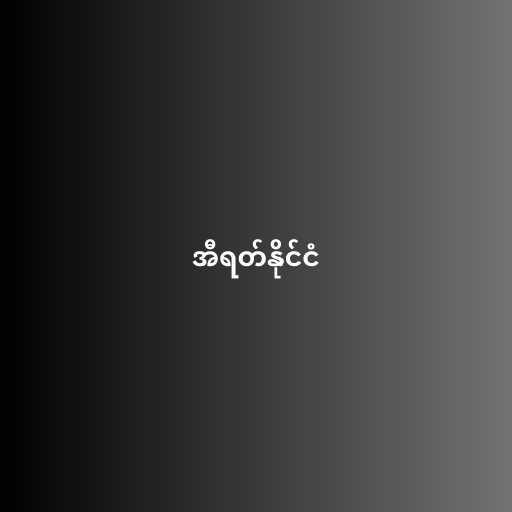
အီရတ်နိုင်ငံ